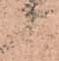
候